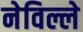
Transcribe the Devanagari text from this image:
नेविल्ले